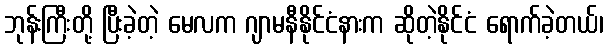
ဘုန်းကြီးတို့ ပြီးခဲ့တဲ့ မေလက ဂျာမနီနိုင်ငံနားက ဆိုတဲ့နိုင်ငံ ရောက်ခဲ့တယ်၊